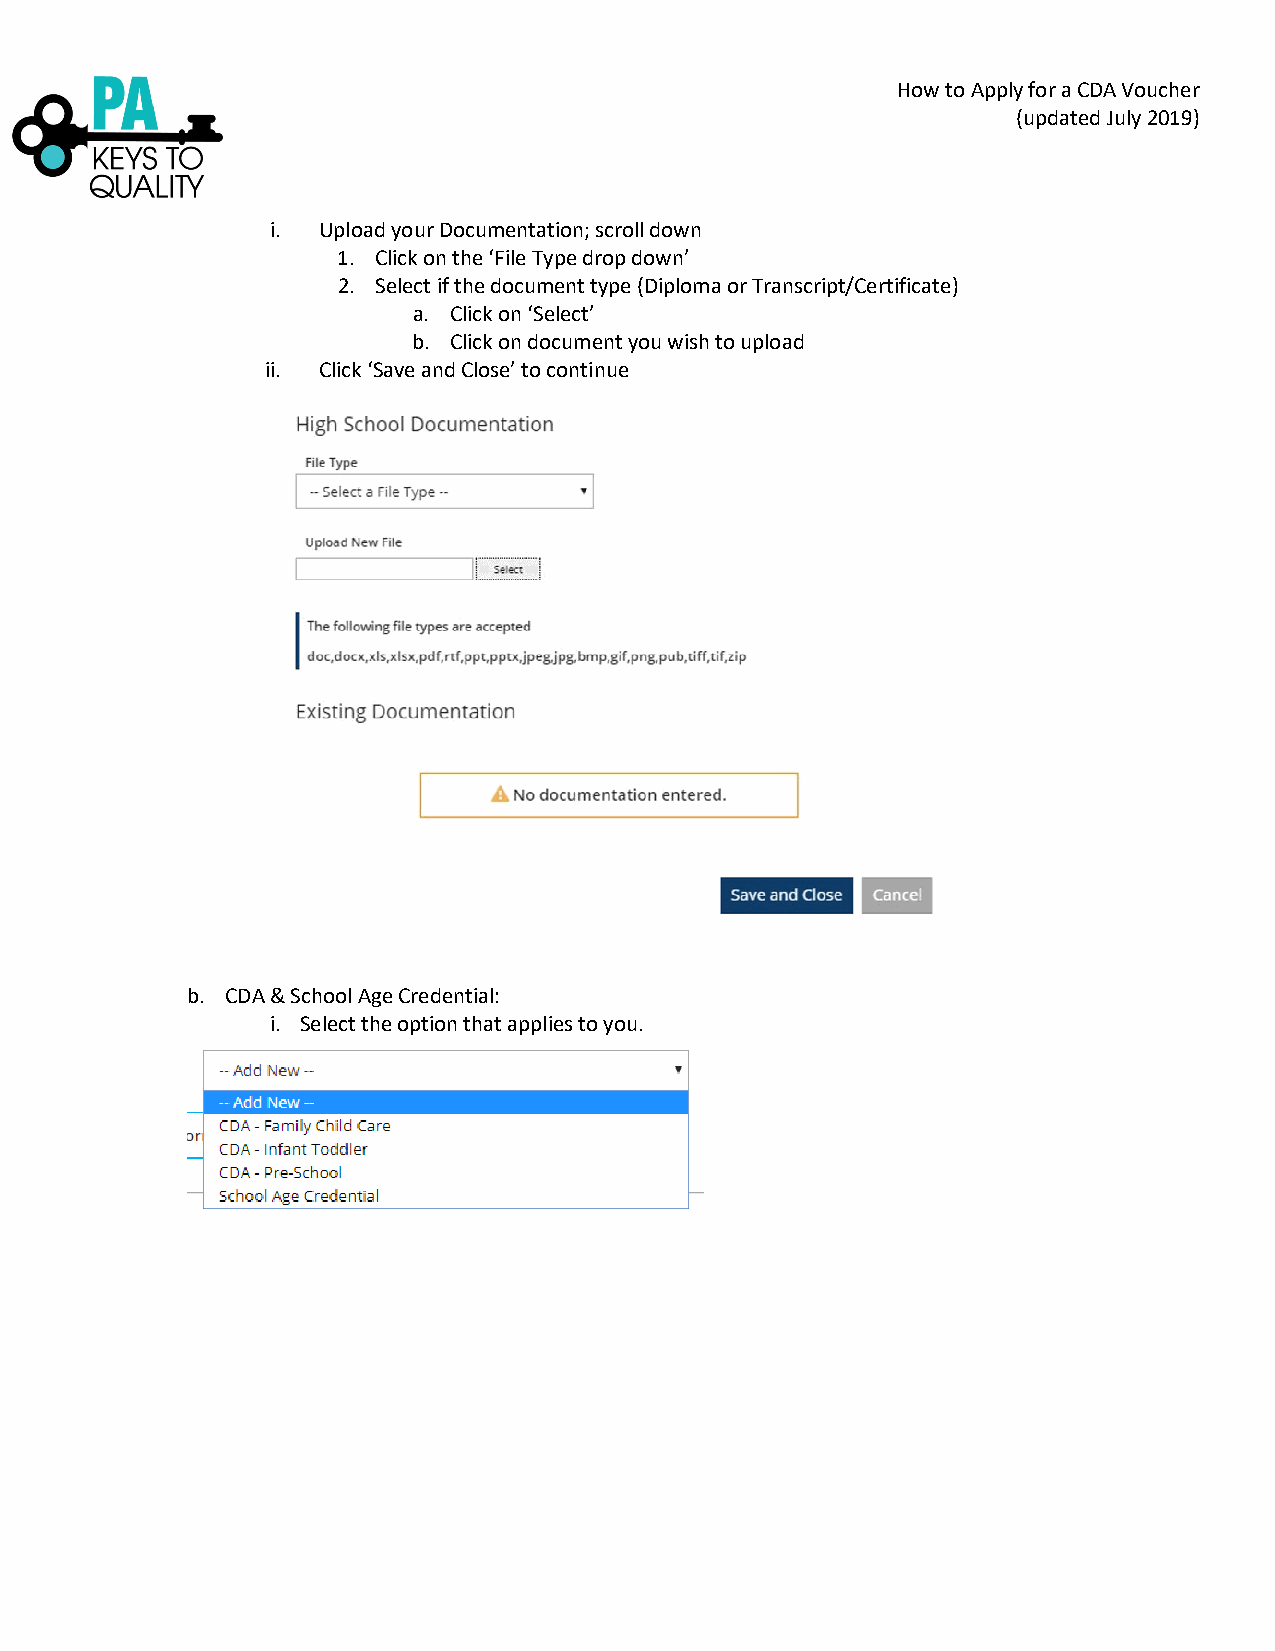
How to Apply for a CDA Voucher
 (updated July 2019)
 i. Upload your Documentation; scroll down
 1. Click on the ‘File Type drop down’
 2. Select if the document type (Diploma or Transcript/Certificate)
 a. Click on ‘Select’
 b. Click on document you wish to upload
 ii. Click ‘Save and Close’ to continue
 b. CDA & School Age Credential:
 i. Select the option that applies to you.